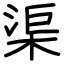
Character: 渠